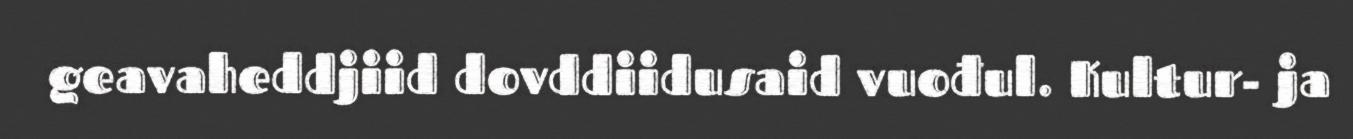
geavaheddjiid dovddiidusaid vuođul. Kultur- ja